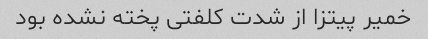
خمیر پیتزا از شدت کلفتی پخته نشده بود